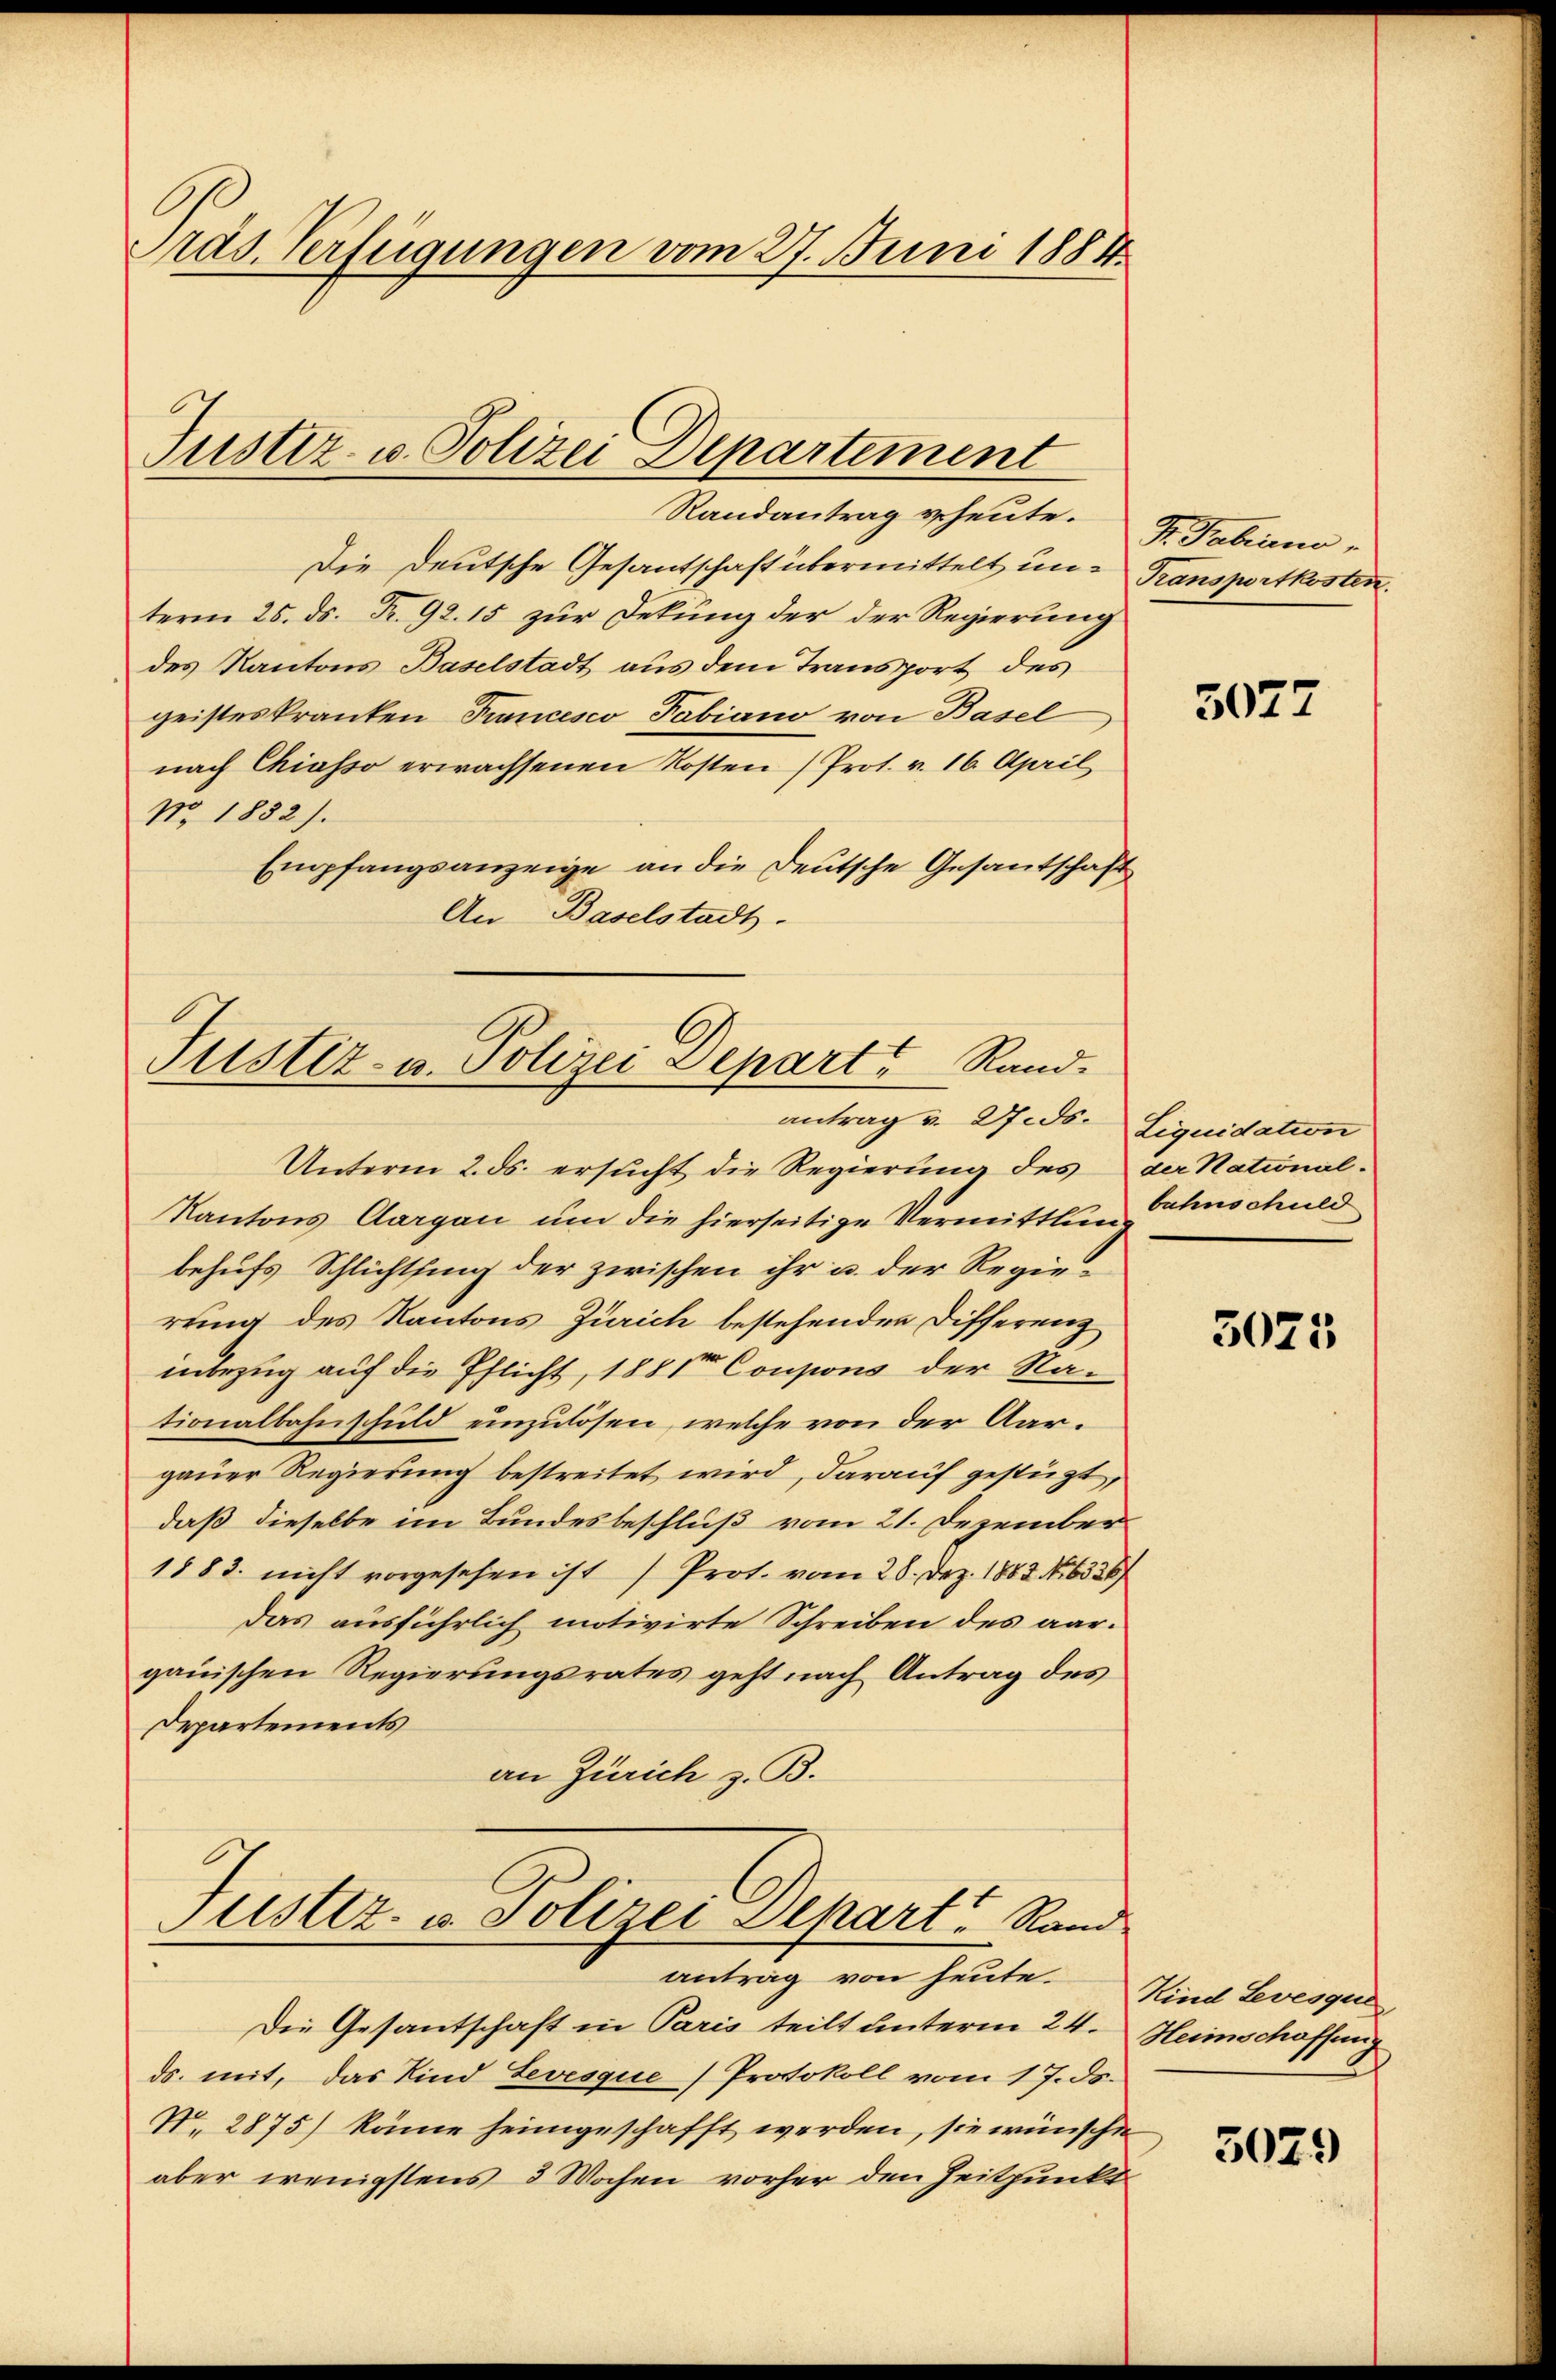
ras. Verfügungen vom 27. Juni 1884

Randantrag geheute. H. Fabiano,
Die Deutsche Gesantschaft übermittelt un- Transportkosten.
term 25. ds. Fr. 92. 15 zur Dekung der der Regierung
des Kantons Baselstadt aus dem Transport des
geisteskranken Trancesco Fabiano von Basel
nach Chiasso erwachsenen Kosten (Prot. v. 16. April
No. 1882).
Empfangsanzeige an die Deutsche Gesantschaft
An Baselstadt.
Justiz- u. Polizei Depart Rand

Justiz- u. Polizei Departement

antrag v. 27. ds.

Unterm 2. ds. ersucht die Regierung des der National-
Kantons Aargau um die hierseitige Vermittlunbehufs Schlichtsing der zwischen ihr u. der Regierung des Kantons Zürich bestehenden Differenz
inbezug auf die Pflicht, 1881 Coupons der Na-
tionalbahnschuld einzulösen, welche von der Aargauer Regierung bestreitet wird, darauf gestüzt,
daß dieselbe im Bundesbeschluß vom 21. Dezember
1883. nicht vorgesehen ist Prot. vom 28. Dez. 1883. No. 6336/
das ausführlich motivirte Schreiben des aargauischen Regierungsrates geht nach Antrag des
Departements
an Zürich z. B.
Justiz- u. Polizei Depart Rand
antrag von heute. Kind Levesque
Die Gesantschaft in Paris teilt unterm 24. Heimschaffung
ds. mit, das Kind Levesque /Protokoll vom 17. ds.
N. 2875) könne heimgeschafft werden, sie wünsche
aber wenigstens 3 Wochen vorher den Zeitpunkt

3077

Liquidation
bahnschuld

3025

3029